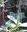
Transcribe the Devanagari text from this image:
सिखैडा